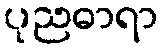
ပုညဓာရာ